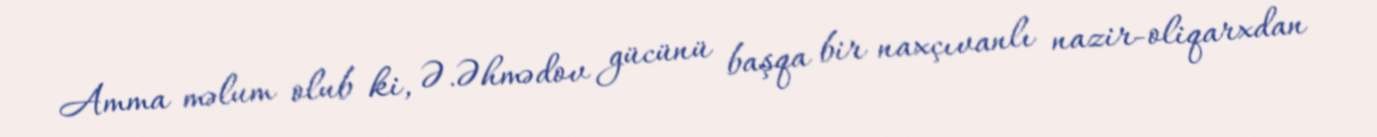
Amma məlum olub ki, Ə.Əhmədov gücünü başqa bir naxçıvanlı nazir-oliqarxdan